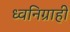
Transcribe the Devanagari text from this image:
ध्वनिग्राही